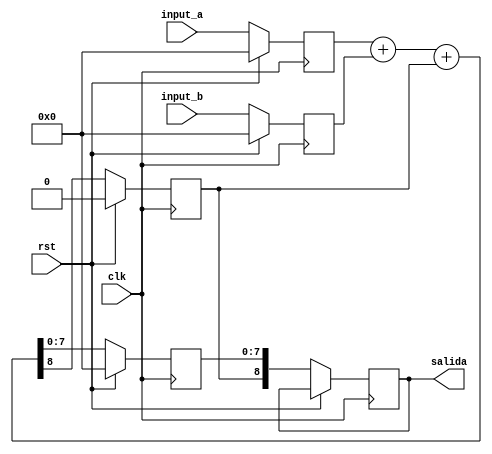
module seq_adder(
  input clk,
  input rst,
  input [7:0] input_a,
  input [7:0] input_b,
  output reg [8:0] salida
);
  reg [7:0] sum;
  reg carry;
  reg [7:0] input_a_ff;
  reg [7:0] input_b_ff;
  reg [8:0] output_ff;
  
  always @(posedge clk)
  begin
    if (rst) begin
      sum <= 8'b0;
      carry <= 1'b0;
      input_a_ff <= 0;
      input_b_ff <= 0;
      output_ff <= 0;
    end else begin
      input_a_ff <= input_a;
      input_b_ff <= input_b;
      {carry, sum} <= input_a_ff + input_b_ff + carry;
      salida <= {carry, sum};
    end
  end
 
endmodule